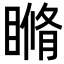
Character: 𥉈